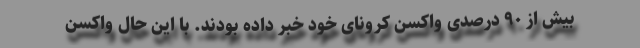
بیش از ۹۰ درصدی واکسن کرونای خود خبر داده بودند. با این حال واکسن